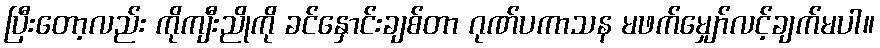
ပြီးတော့လည်း ကိုကျီးညိုကို ခင်နှောင်းချစ်တာ ဂုဏ်ပကာသန မဖက်မျှော်လင့်ချက်မပါ။